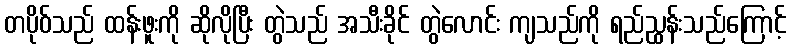
တပိုဝ်သည် ထန်းဖူးကို ဆိုလိုပြီး တွဲသည် အသီးခိုင် တွဲလောင်း ကျသည်ကို ရည်ညွှန်းသည်ကြောင့်